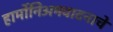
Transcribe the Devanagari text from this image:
हार्मोनिअमवादनाचे